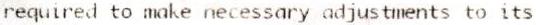
REQUIRED TO MAKE NECESSARY ADJUSTMENTS TO ITS